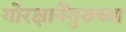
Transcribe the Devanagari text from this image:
गोरक्षानेंगुरुच्या